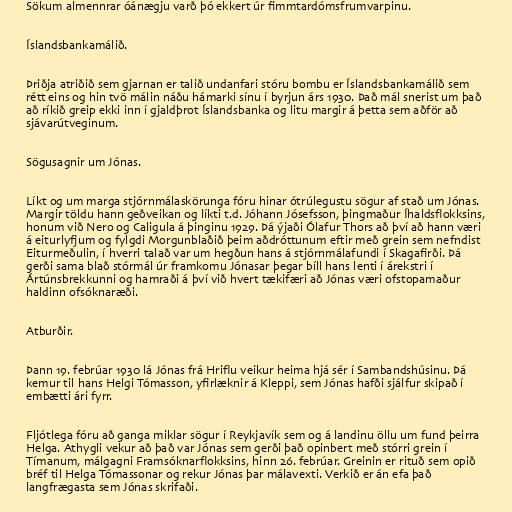
Sökum almennrar óánægju varð þó ekkert úr fimmtardómsfrumvarpinu.

Íslandsbankamálið.

Þriðja atriðið sem gjarnan er talið undanfari stóru bombu er Íslandsbankamálið sem
rétt eins og hin tvö málin náðu hámarki sínu í byrjun árs 1930. Það mál snerist um það
að ríkið greip ekki inn í gjaldþrot Íslandsbanka og litu margir á þetta sem aðför að
sjávarútveginum.

Sögusagnir um Jónas.

Líkt og um marga stjórnmálaskörunga fóru hinar ótrúlegustu sögur af stað um Jónas.
Margir töldu hann geðveikan og líkti t.d. Jóhann Jósefsson, þingmaður Íhaldsflokksins,
honum við Nero og Caligula á þinginu 1929. Þá ýjaði Ólafur Thors að því að hann væri
á eiturlyfjum og fylgdi Morgunblaðið þeim aðdróttunum eftir með grein sem nefndist
Eiturmeðulin, í hverri talað var um hegðun hans á stjórnmálafundi í Skagafirði. Þá
gerði sama blað stórmál úr framkomu Jónasar þegar bíll hans lenti í árekstri í
Ártúnsbrekkunni og hamraði á því við hvert tækifæri að Jónas væri ofstopamaður
haldinn ofsóknaræði.

Atburðir.

Þann 19. febrúar 1930 lá Jónas frá Hriflu veikur heima hjá sér í Sambandshúsinu. Þá
kemur til hans Helgi Tómasson, yfirlæknir á Kleppi, sem Jónas hafði sjálfur skipað í
embætti ári fyrr.

Fljótlega fóru að ganga miklar sögur í Reykjavík sem og á landinu öllu um fund þeirra
Helga. Athygli vekur að það var Jónas sem gerði það opinbert með stórri grein í
Tímanum, málgagni Framsóknarflokksins, hinn 26. febrúar. Greinin er rituð sem opið
bréf til Helga Tómassonar og rekur Jónas þar málavexti. Verkið er án efa það
langfrægasta sem Jónas skrifaði.